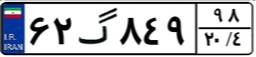
۳۲گ۱۸۹۹۴